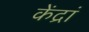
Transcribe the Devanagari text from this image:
केंद्रां